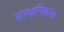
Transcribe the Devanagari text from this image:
संस्थानिकांना